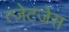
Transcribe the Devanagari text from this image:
त्ज़ेटजेस